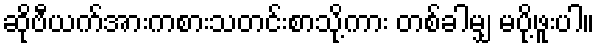
ဆိုဗီယက်အားကစားသတင်းစာသို့ကား တစ်ခါမျှ မပို့ဖူးပါ။